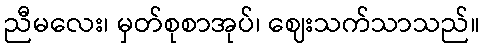
ညီမလေး၊ မှတ်စုစာအုပ်၊ ဈေးသက်သာသည်။